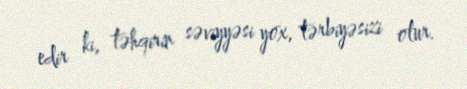
edir ki, təhqirin səviyyəsi yox, tərbiyəsizi olur.